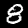
Label: 8